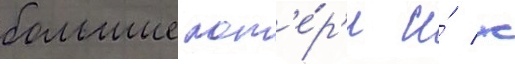
большие пот'е́р'и и́ к